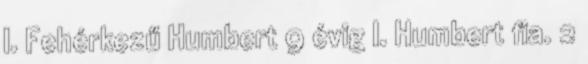
I. Fehérkezű Humbert 9 évig I. Humbert fia. 2